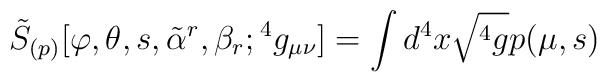
{\tilde S}_{(p)}[\varphi ,\theta ,s,{\tilde\alpha}^r,\beta_r;{}^4g_{\mu\nu}]=\int d^4x\sqrt{{}^4g} p(\mu ,s)